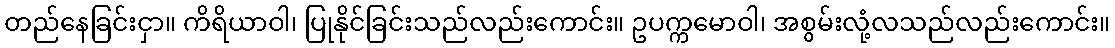
တည်နေခြင်းငှာ။ ကိရိယာဝါ၊ ပြုနိုင်ခြင်းသည်လည်းကောင်း။ ဥပက္ကမောဝါ၊ အစွမ်းလုံ့လသည်လည်းကောင်း။